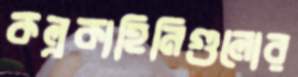
কল্পকাহিনিগুলোর